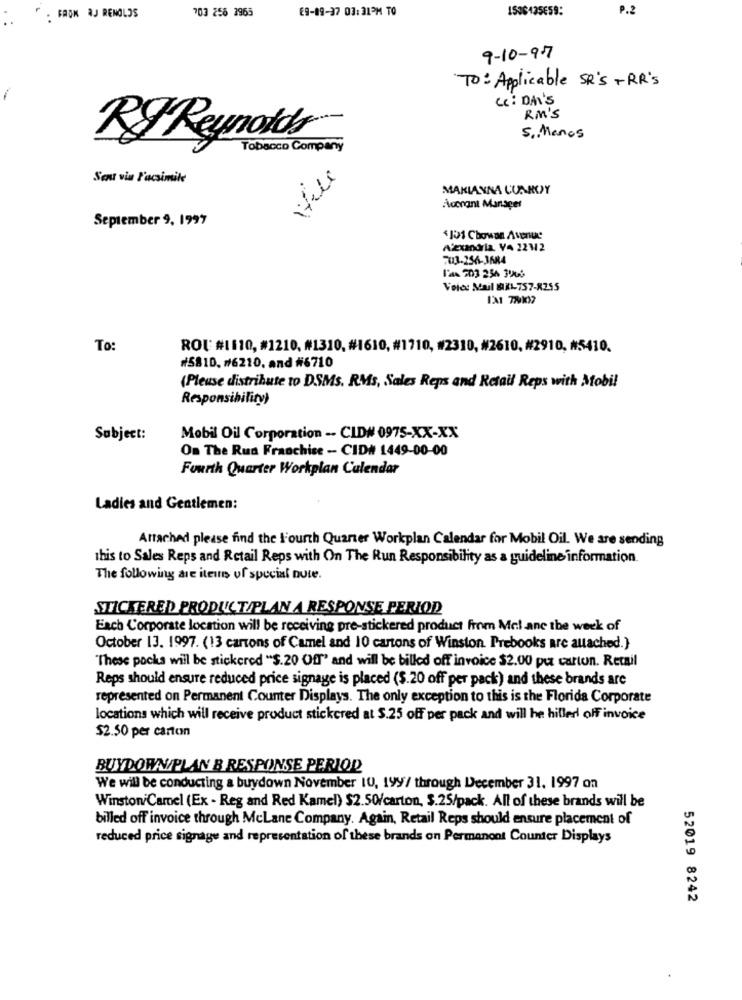
703 258 2965
E9-09-37 03:31PM TO
1536135E59:
P.2
: FROM QJ RENOLOS
9-10-97
TO: Applicable SR'S +RR's
Cc: DA'S
RM'S
RFReynolds
5. Menos
Tobacco Company
Vill
Sou via Facsimile
MAKIAYNA CUAROY
Accrant Manager
September 9, 1997
$101 Chowne Avenue
Alexandria. VA 22112
703-256-3684
12A 203 256 3060
Voice Mail 9X1-757-8255
1X1 721097
To:
ROU #1110, #1210, #1310, #1610, #1710, #2310, #2610, #2910, #5410.
#5810. #6210, and #6710
(Pleuse distribute to DSMs. RMs, Sales Reps and Retail Reps with Mobil
Responsibility)
Subject:
Mobil Oil Corporation -- CLD# 0975-XX-XX
On The Run Franchise -- CID# 1449-00-00
Fourth Quarter Workplan Calendar
Ladies and Gentlemen:
Attached please find the l'ourth Quarter Workplan Calendar for Mobil Oil. We are sending
this to Sales Reps and Retail Reps with On The Run Responsibility as a guideline information.
The following are items of special nute.
STICKERED PRODUCT/PLAN A RESPONSE PERIOD
Each Corporate location will be receiving pre-stickered product from Mcl ane the week of
October 13. 1997. (13 cartons of Camel and 10 cartons of Winston Prebooks are auached.}
"These pocka will be stickered "$.20 Off' and will be billed off invoice $2.00 pu carton. Retail
Reps should ensure reduced price signage is placed ($.20 off per pack) and these brands are
represented on Permanent Counter Displays. The only exception to this is the Florida Corporate
locations which will receive product stickcred at $.25 off per pack and will he hiller off invoice
$2.50 per carton
BUYDORAUPLAN B RESPONSE PERIOD
We will be conducting a buydown November IU, 199/ through December 31. 1997 on
Winston Camel (Ex - Reg and Red Kamel) $2.50/carton, $.25/pack. All of these brands will be
billed off invoice through McLane Company. Again, Retail Reps should ensure placement of
reduced price signage and representation of these brands on Permanont Counter Displays
52019 8242